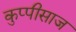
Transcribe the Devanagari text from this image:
कुप्पीसाज